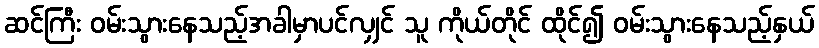
ဆင်ကြီး ဝမ်းသွားနေသည့်အခါမှာပင်လျှင် သူ ကိုယ်တိုင် ထိုင်၍ ဝမ်းသွားနေသည့်နှယ်